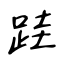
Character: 跬